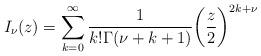
LaTeX: \begin{align*}I_\nu(z)= \sum_{k=0}^\infty\frac1{k!\Gamma(\nu+k+1)}\biggl(\frac{z}2\biggr)^{2k+\nu}\end{align*}